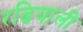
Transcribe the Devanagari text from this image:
रढियाली